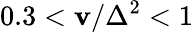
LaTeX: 0.3<\mathbf{v}/\Delta^{2}<1